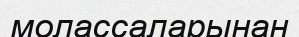
молассаларынан